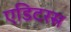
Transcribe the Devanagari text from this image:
एडिटरस